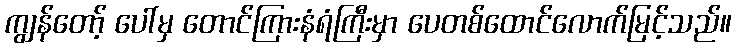
ကျွန်တော့် ပေါ်မှ တောင်ကြားနံရံကြီးမှာ ပေတစ်ထောင်လောက်မြင့်သည်။